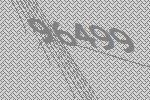
96499